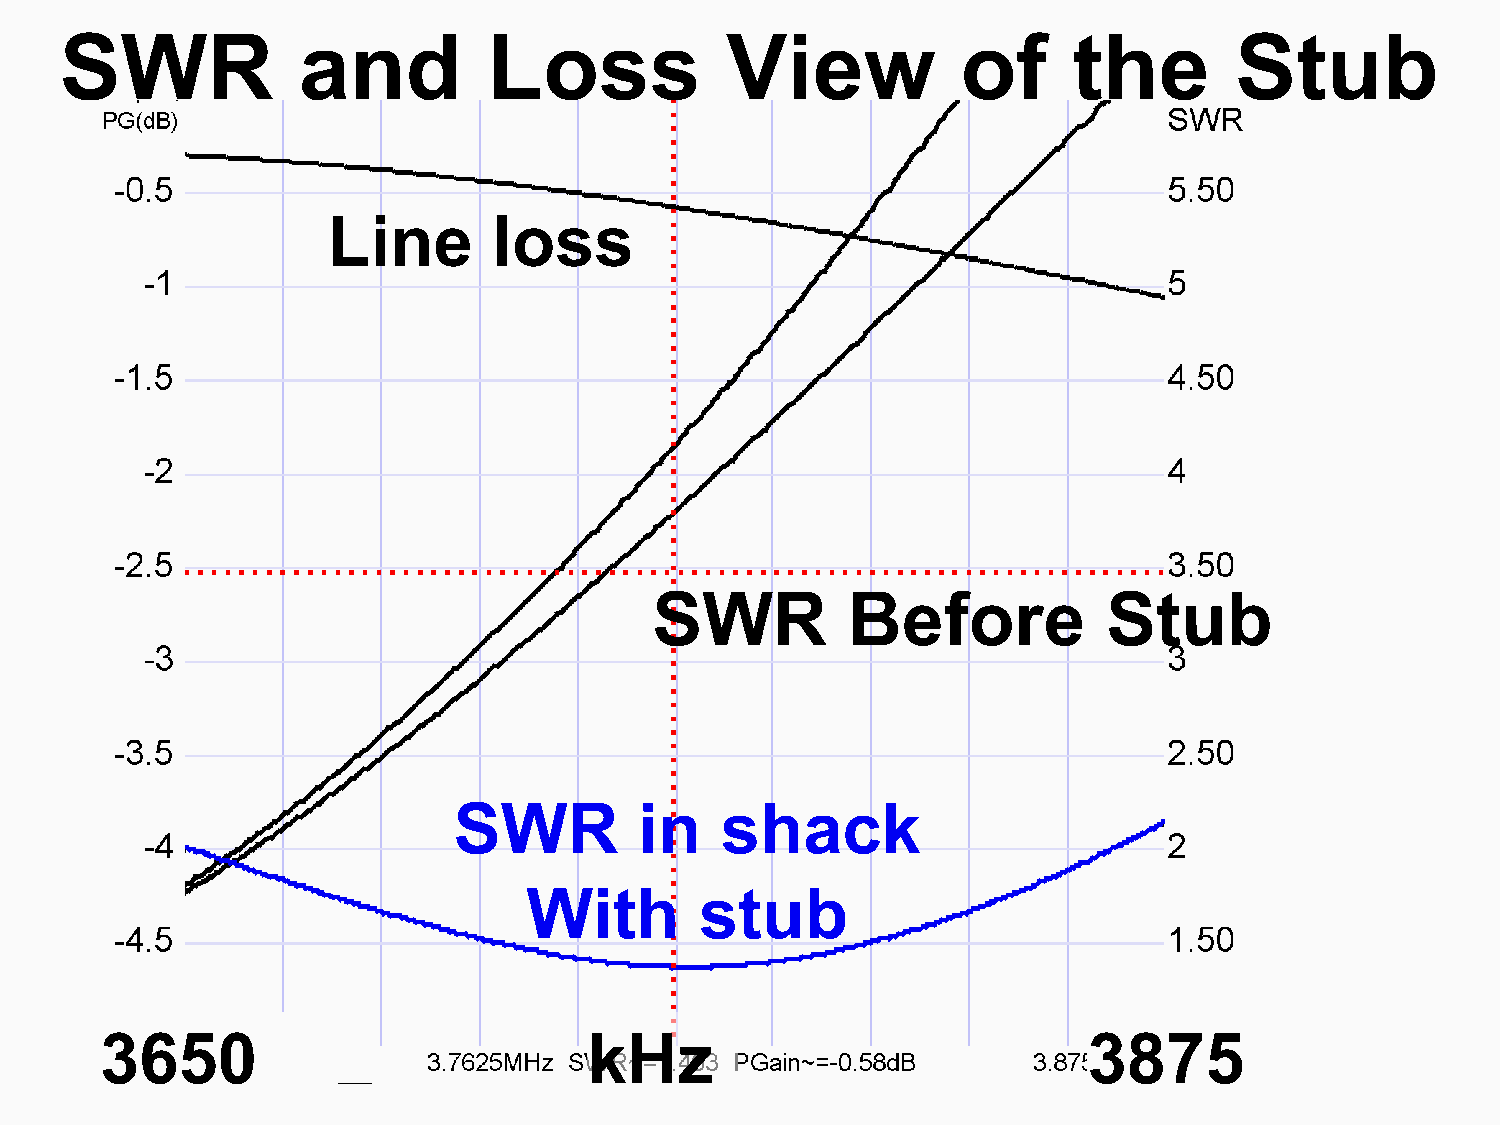
SWR             and         Loss            View            of     the        Stub
 Line       loss
 SWR          Before           Stub
 SWR         in    shack
 With       stub
 3650                            kHz                              3875